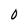
Character: 0